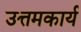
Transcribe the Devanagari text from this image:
उत्तमकार्य